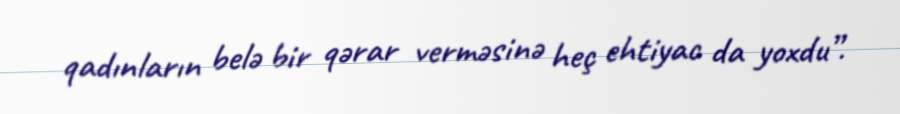
qadınların belə bir qərar verməsinə heç ehtiyac da yoxdu”.